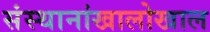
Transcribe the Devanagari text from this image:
संस्थानांखालोखाल